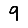
Digit: 9